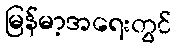
မြန်မာ့အရေးတွင်